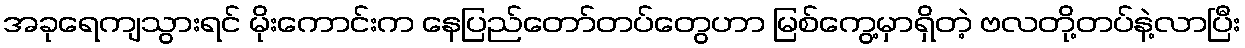
အခုရေကျသွားရင် မိုးကောင်းက နေပြည်တော်တပ်တွေဟာ မြစ်ကွေ့မှာရှိတဲ့ ဗလတို့တပ်နဲ့လာပြီး